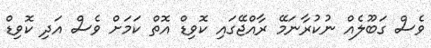
ވެސް ގަބޫލެއް ނުކުރާނަމޭ ރާއްޖޭގައި ކޮވިޑް އޮތް ކަމަށް ވެސް އަދި ކޮވިޑް